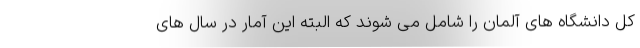
کل دانشگاه های آلمان را شامل می شوند که البته این آمار در سال های